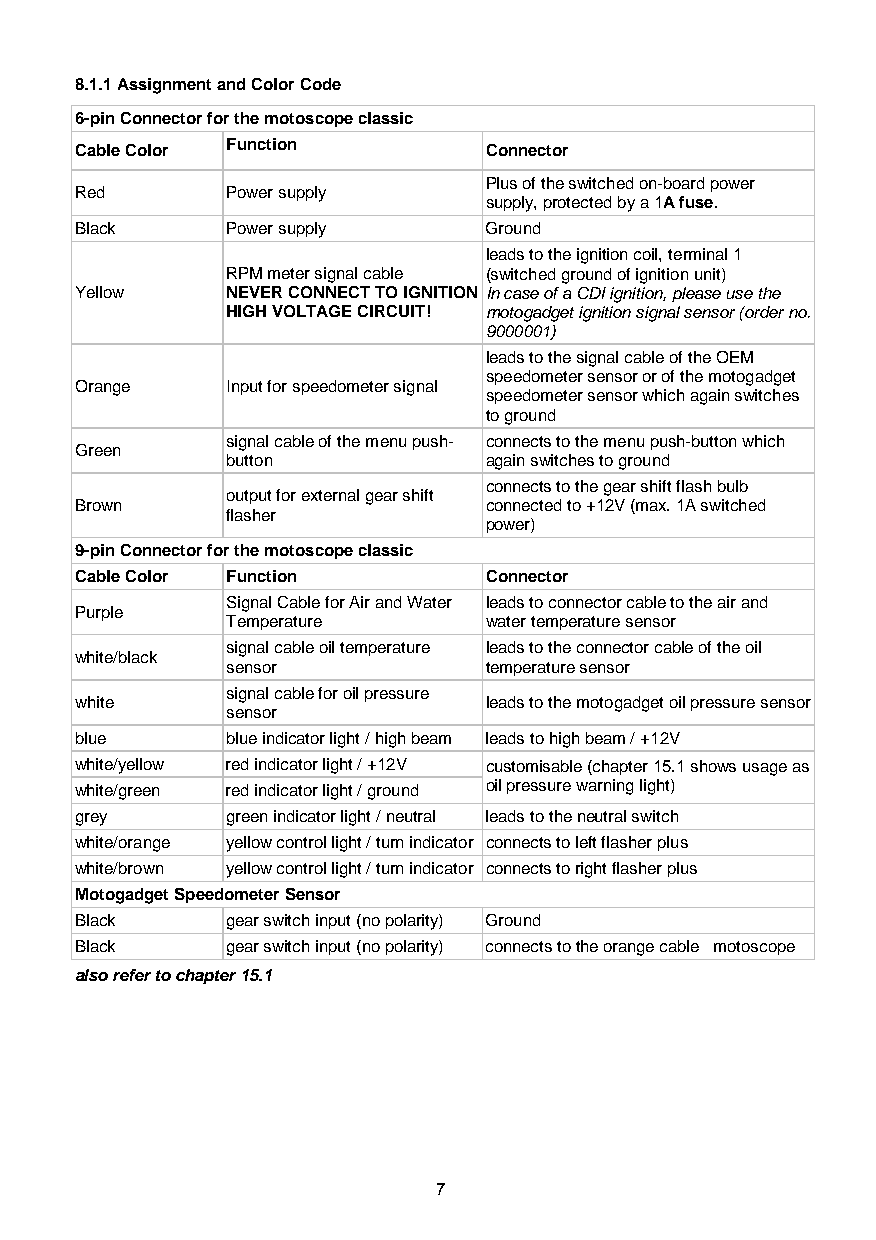
8.1.1 Assignment and Color Code
 6-pin Connector for the motoscope classic
 Cable Color Function       Connector
 Plus of the switched on-board power
 Red       Power supply
 supply, protected by a 1A fuse.
 Black     Power supply     Ground
 leads to the ignition coil, terminal 1
 RPM meter signal cable (switched ground of ignition unit)
 Yellow    NEVER CONNECT TO IGNITION In case of a CDI ignition, please use the
 HIGH VOLTAGE CIRCUIT! motogadget ignition signal sensor (order no.
 9000001)
 leads to the signal cable of the OEM
 speedometer sensor or of the motogadget
 Orange    Input for speedometer signal
 speedometer sensor which again switches
 to ground
 signal cable of the menu push- connects to the menu push-button which
 Green
 button           again switches to ground
 connects to the gear shift flash bulb
 output for external gear shift
 Brown                      connected to +12V (max. 1A switched
 flasher
 power)
 9-pin Connector for the motoscope classic
 Cable Color Function       Connector
 Signal Cable for Air and Water leads to connector cable to the air and
 Purple
 Temperature      water temperature sensor
 signal cable oil temperature leads to the connector cable of the oil
 white/black
 sensor           temperature sensor
 signal cable for oil pressure
 white                      leads to the motogadget oil pressure sensor
 sensor
 blue      blue indicator light / high beam leads to high beam / +12V
 white/yellow red indicator light / +12V customisable (chapter 15.1 shows usage as
 white/green red indicator light / ground oil pressure warning light)
 grey      green indicator light / neutral leads to the neutral switch
 white/orange yellow control light / turn indicator connects to left flasher plus
 white/brown yellow control light / turn indicator connects to right flasher plus
 Motogadget Speedometer Sensor
 Black     gear switch input (no polarity) Ground
 Black     gear switch input (no polarity) connects to the orange cable motoscope
 also refer to chapter 15.1
 7